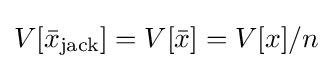
V[{\bar {x}}_{\mathrm {jack} }]=V[{\bar {x}}]=V[x]/n